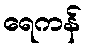
ရေကန်